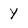
Character: Y